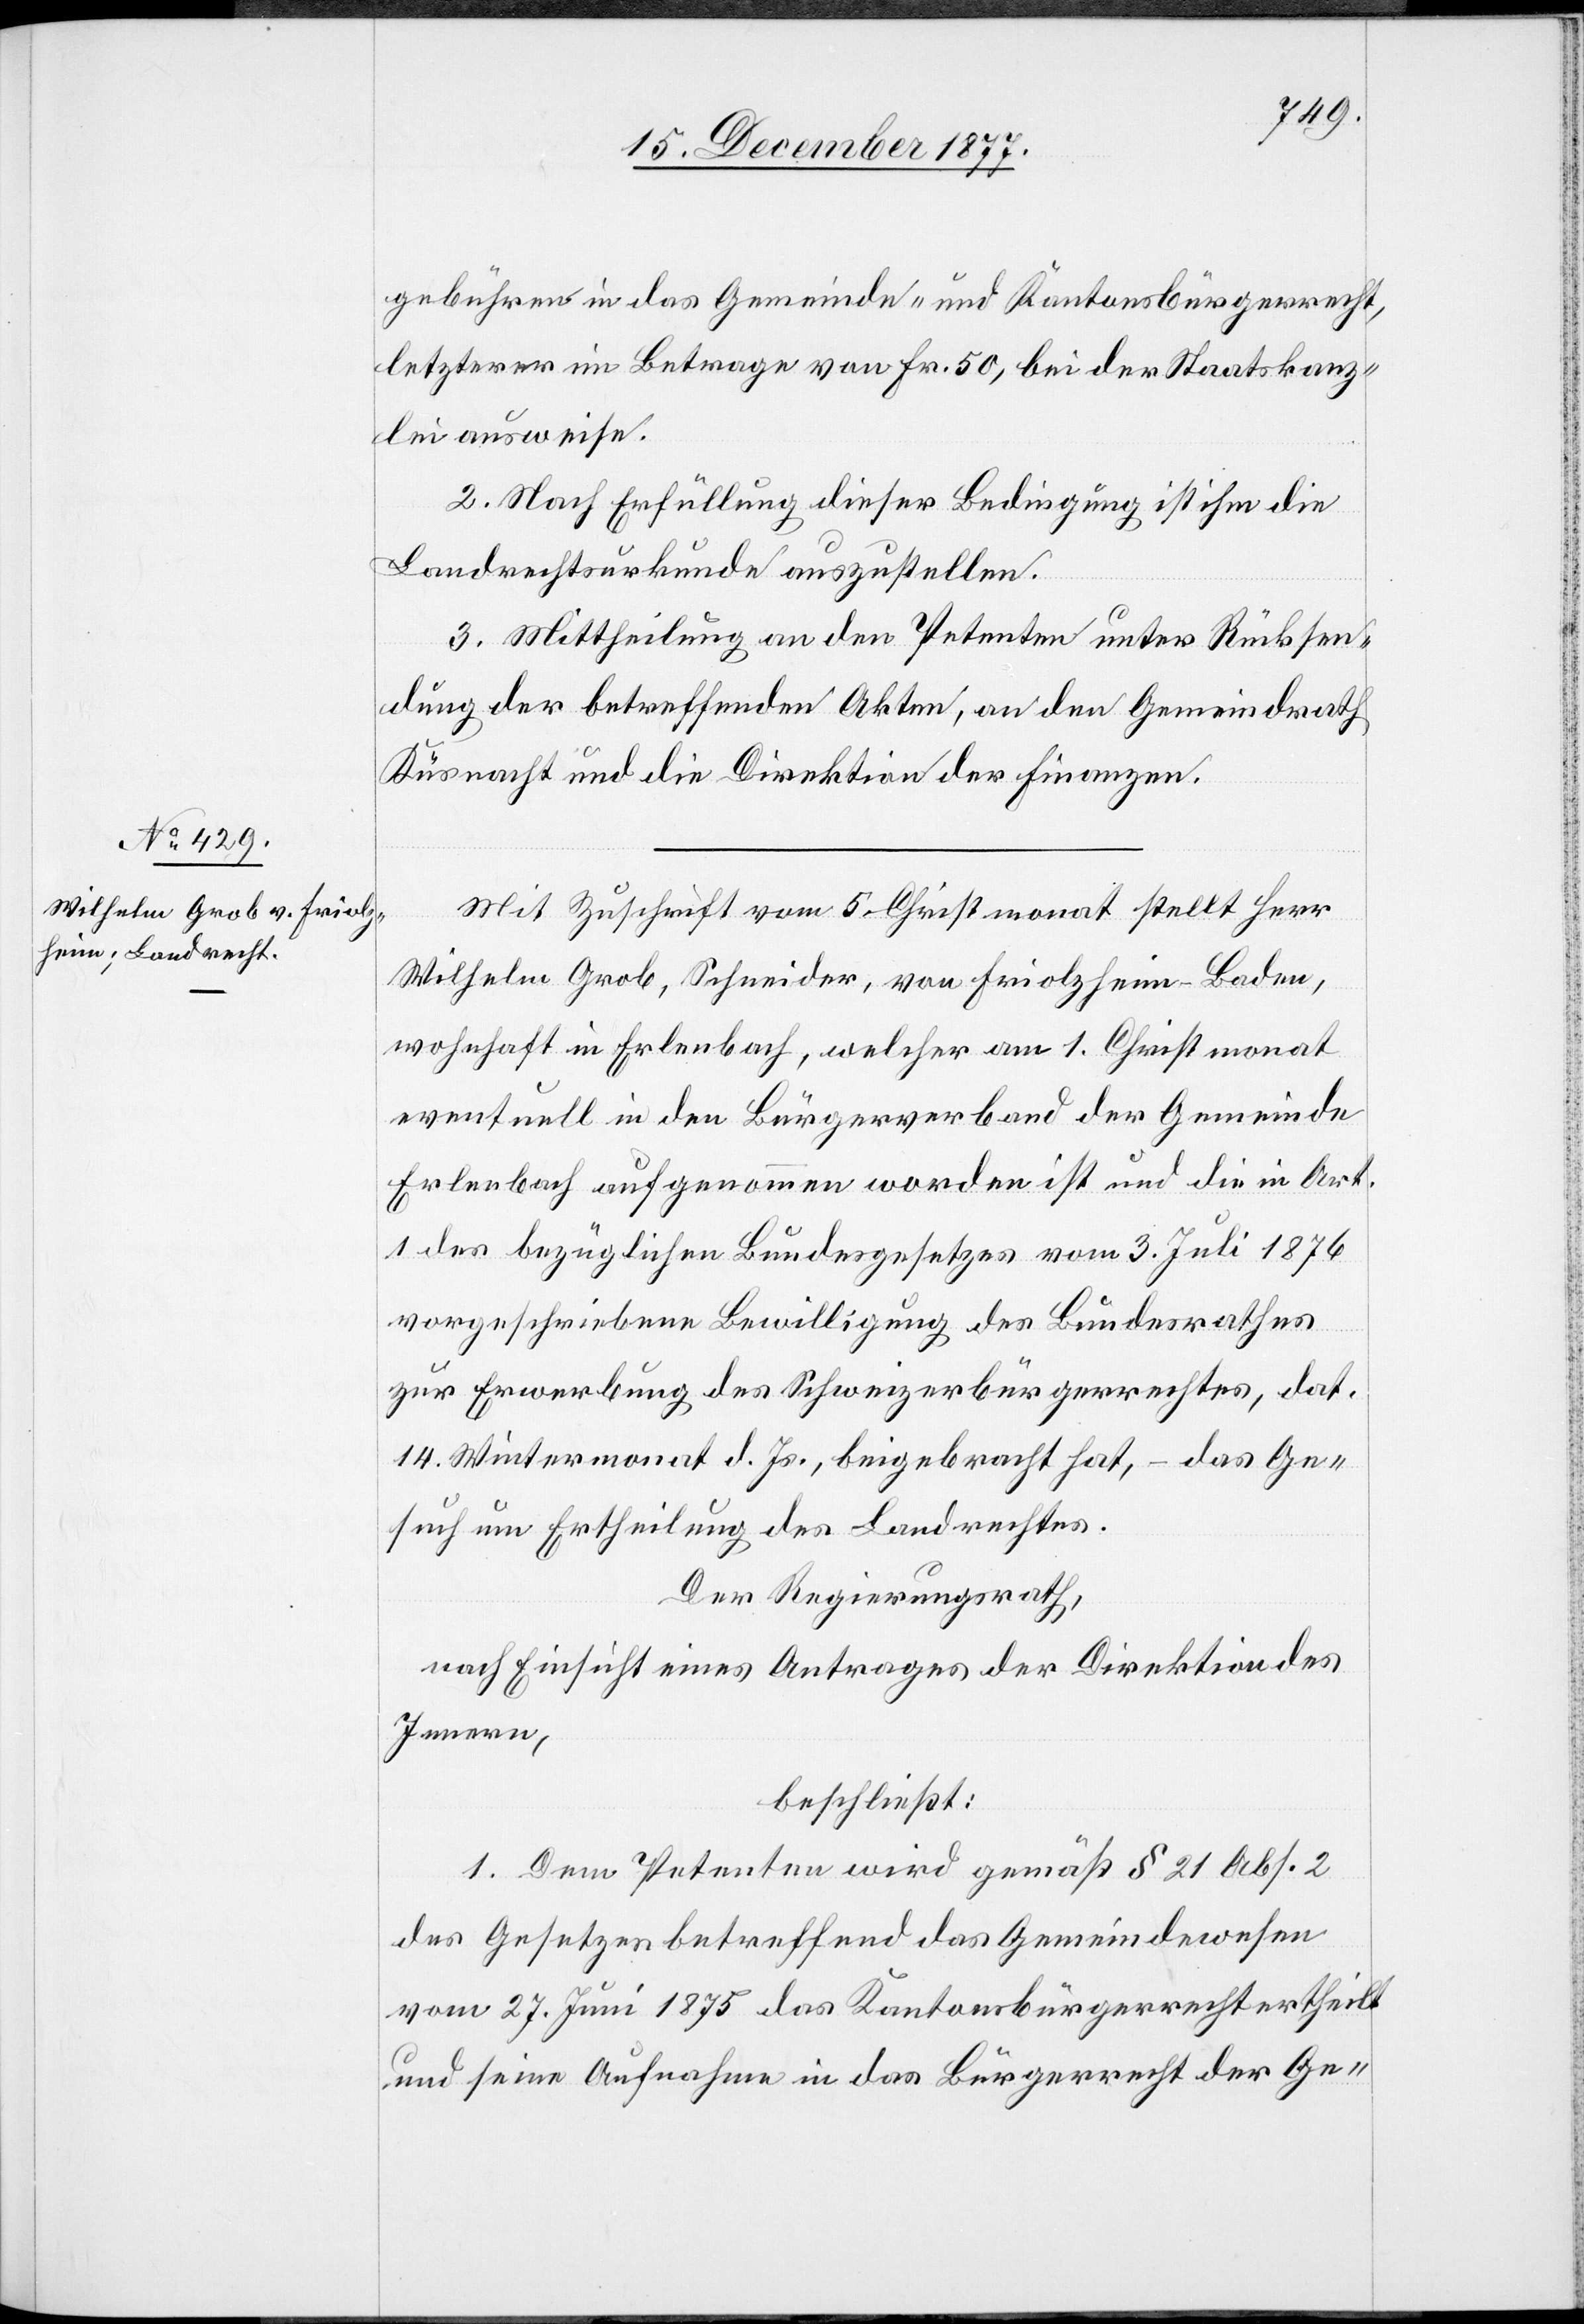
gebühren in das Gemeinde- und Kantonsbürgerrecht,
letzterer im Betrage von Fr. 50, bei der Staatskanz¬
lei ausweise.
2. Nach Erfüllung dieser Bedingung ist ihm die
Landrechtsurkunde auszustellen.
3. Mittheilung an den Petenten unter Rücksen¬
dung der betreffenden Akten, an den Gemeindrath
Küsnacht und die Direktion der Finanzen.
Mit Zuschrift vom 5. Christmonat stellt Herr
Wilhelm Grob, Schenider, von Friolzheim - Baden,
wohnhaft in Erlenbach, welcher am 1. Christmonat
eventuell in den Bürgerverband der Gemeinde
Erlenbach aufgenommen worden ist und die in Art.
1 des bezüglichen Bundesgesetzes vom 3. Juli 1876
vorgeschriebene Bewilligung des Bundesrathes
zur Erwerbung des Schweizerbürgerrechtes, dat.
14. Wintermonat d. Js., beigebracht hat, – das Ge¬
such um Ertheilung des Landrechtes.
Der Regierungsrath,
nach Einsicht eines Antrages der Direktion des
Innern,
beschließt:
1. Dem Petenten wird gemäß § 21 Abs. 2
des Gesetzes betreffend das Gemeindewesen
vom 27. Juni 1875 das Kantonsbürgerrecht ertheilt
und seine Aufnahme in das Bürgerrecht der Ge-